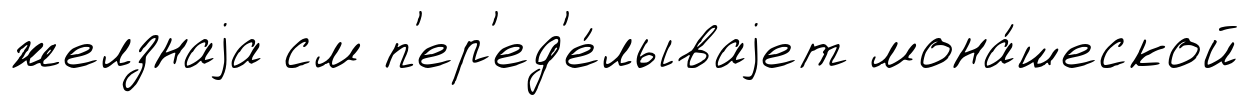
желзнаjа см п'ер'ед'е́лываjет мона́шеской